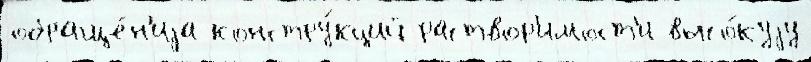
обраще́н'иjа констру́кций раствор'имост'и высо́куjу